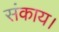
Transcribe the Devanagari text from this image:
संकाय।